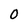
Character: O